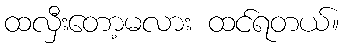
ထလှီးတော့မလား ထင်ရတယ်။